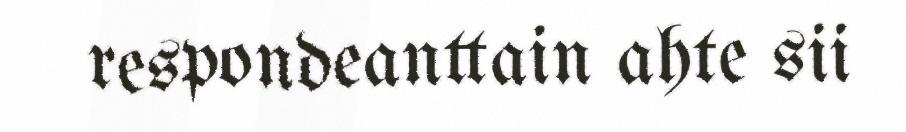
respondeanttain ahte sii